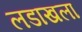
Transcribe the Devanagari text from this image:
लडाखला